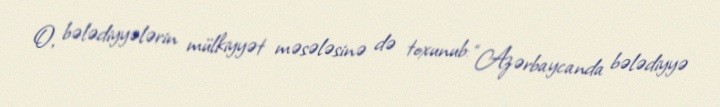
O, bələdiyyələrin mülkiyyət məsələsinə də toxunub: “Azərbaycanda bələdiyyə